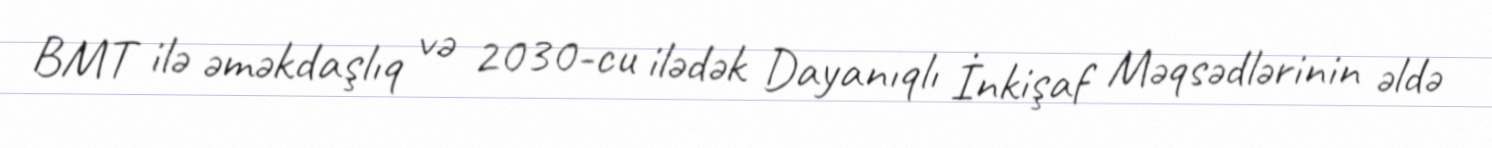
BMT ilə əməkdaşlıq və 2030-cu ilədək Dayanıqlı İnkişaf Məqsədlərinin əldə